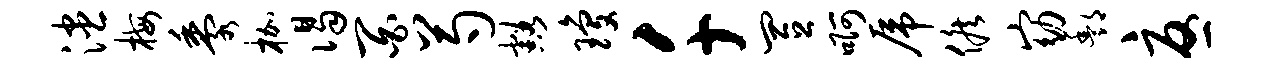
漶梅黍枷谒百芍豁琼千置啊虎候窈酆忧